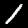
Label: 1